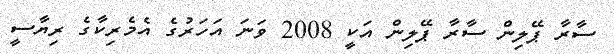
ސާރާ ޕޭލިން ސާރާ ޕޭލިން އަކީ 2008 ވަނަ އަހަރުގެ އެމެރިކާގެ ރިޔާސީ